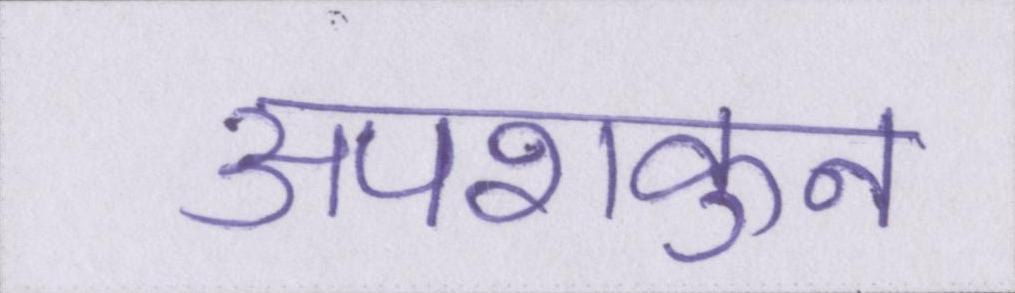
अपशकुन